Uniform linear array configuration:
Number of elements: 24
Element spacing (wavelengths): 0.5
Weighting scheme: uniform
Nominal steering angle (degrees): -60
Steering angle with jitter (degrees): -60.226
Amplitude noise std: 0.05
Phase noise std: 0.05

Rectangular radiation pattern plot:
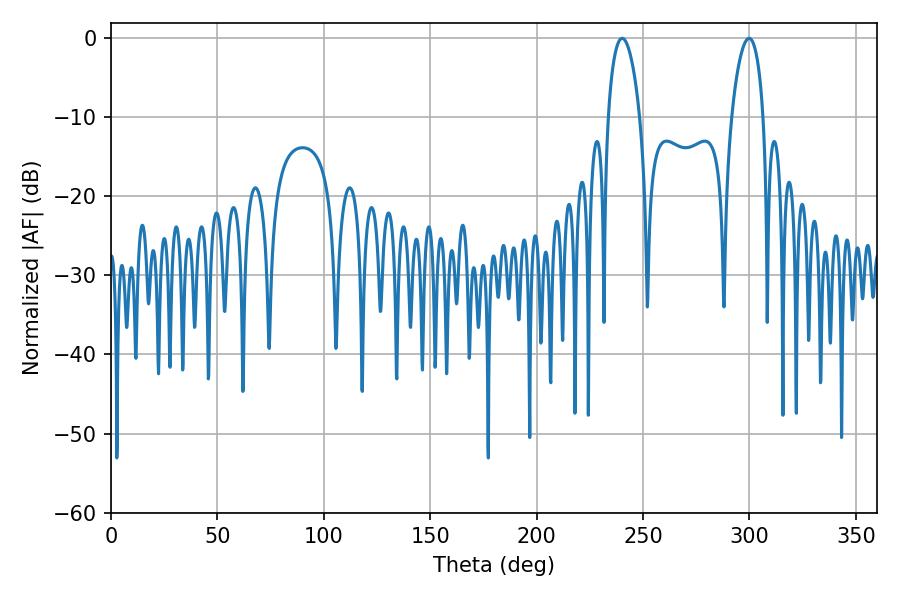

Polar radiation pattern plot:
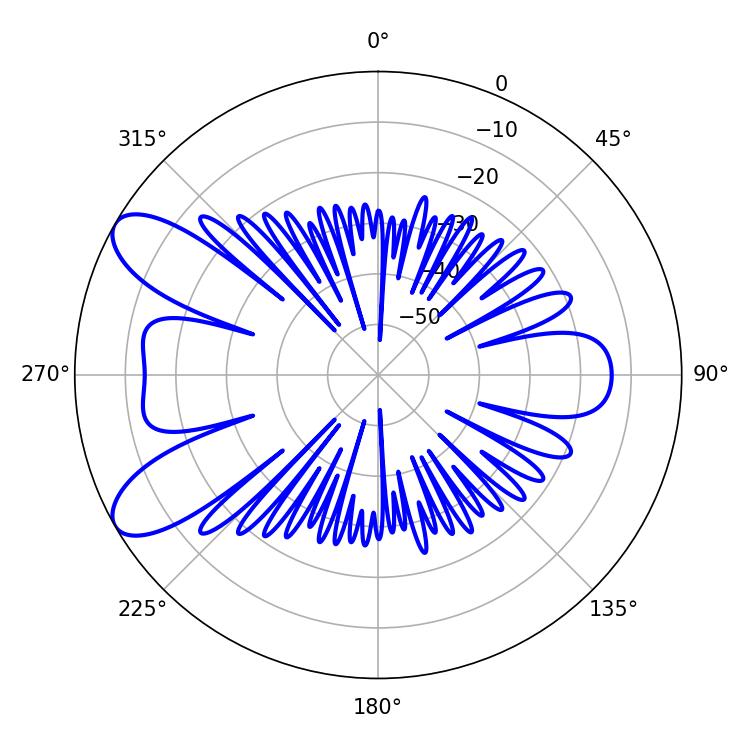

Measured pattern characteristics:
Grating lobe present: FALSE
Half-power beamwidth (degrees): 8.46
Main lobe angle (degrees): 240.12